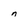
Character: n